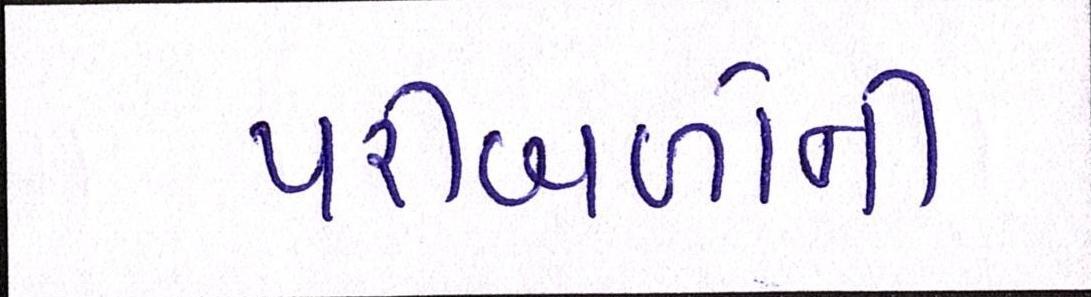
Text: પરીબળોની